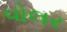
વોલર